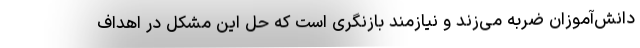
دانش‌آموزان ضربه می‌زند و نیازمند بازنگری است که حل این مشکل در اهداف